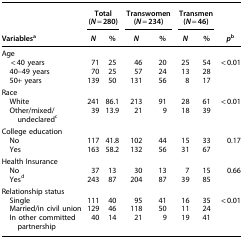
|  | <COLSPAN=2> Total (N=280) | <COLSPAN=2> Transwomen (N=234) | <COLSPAN=2> Transmen (N=46) |  |
 | Variablesa | N | % | N | % | N | % | pb |
 | --- | --- | --- | --- | --- | --- | --- | --- |
 | <COLSPAN=8> Age |
 | <40 years | 71 | 25 | 46 | 20 | 25 | 54 | <0.01 |
 | 40–49 years | 70 | 25 | 57 | 24 | 13 | 28 |  |
 | 50+ years | 139 | 50 | 131 | 56 | 8 | 17 |  |
 | <COLSPAN=8> Race |
 | White | 241 | 86.1 | 213 | 91 | 28 | 61 | <0.01 |
 | Other/mixed/undeclaredc | 39 | 13.9 | 21 | 9 | 18 | 39 |  |
 | <COLSPAN=8> College education |
 | No | 117 | 41.8 | 102 | 44 | 15 | 33 | 0.17 |
 | Yes | 163 | 58.2 | 132 | 56 | 31 | 67 |  |
 | <COLSPAN=8> Health Insurance |
 | No | 37 | 13 | 30 | 13 | 7 | 15 | 0.66 |
 | Yesd | 243 | 87 | 204 | 87 | 39 | 85 |  |
 | <COLSPAN=8> Relationship status |
 | Single | 111 | 40 | 95 | 41 | 16 | 35 | <0.01 |
 | Married/in civil union | 129 | 46 | 118 | 50 | 11 | 24 |  |
 | In other committed partnership | 40 | 14 | 21 | 9 | 19 | 41 |  |